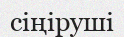
сіңіруші